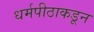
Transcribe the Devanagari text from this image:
धर्मपीठाकडून